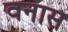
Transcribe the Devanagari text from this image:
वनास